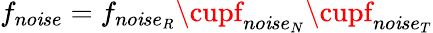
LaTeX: f_{no\mathit{i}se}=f_{no\mathit{i}se_{R}}\cupf_{no\mathit{i}se_{N}}\cupf_{no\mathit{i}se_{T}}